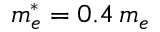
m _ { e } ^ { * } = 0 . 4 \, m _ { e }